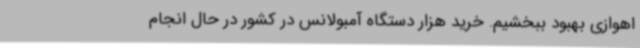
اهوازی بهبود ببخشیم. خرید هزار دستگاه آمبولانس در کشور در حال انجام